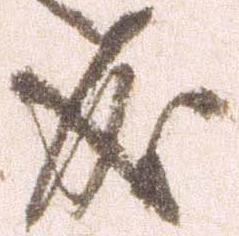
成